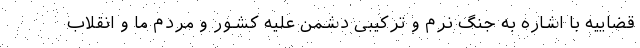
قضاییه با اشاره به جنگ نرم و ترکیبی دشمن علیه کشور و مردم ما و انقلاب